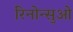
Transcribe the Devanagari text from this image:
रिनोन्सुओ